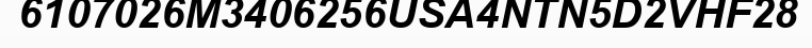
6107026M3406256USA4NTN5D2VHF28